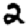
Digit: 2